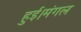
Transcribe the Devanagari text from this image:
हुई।मंगल